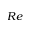
R e